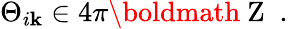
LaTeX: \Theta_{i\mathbf{k}}\in4\pi{\mathrm{{\boldmath~Z~}}}\; .